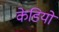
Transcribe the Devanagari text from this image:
केडियो